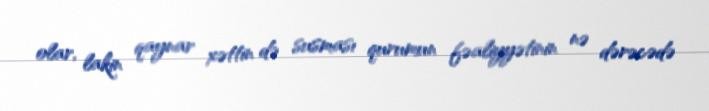
olar, lakin qaynar xəttin də susması qurumun fəaliyyətinin nə dərəcədə